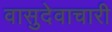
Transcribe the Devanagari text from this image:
वासुदेवाचारी